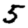
Digit: 5